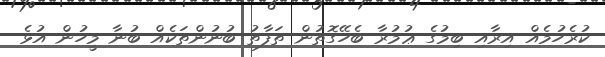
ކުރެހުމެއް އިރާއި ބިމުގެ ޢުމުރާ ބެހޭގޮތުން ތަފާތު ބުނުންތަކެއް ބުނާ މީހުން އުޅެ